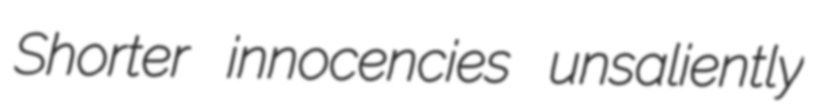
Shorter innocencies unsaliently